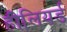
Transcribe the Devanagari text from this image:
हीलियर्ड